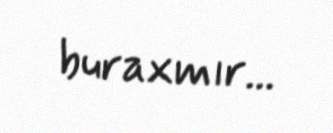
buraxmır...